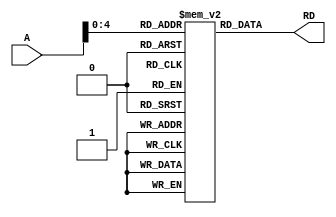
`timescale 1ns/1ps


module InstMemory(A, RD);
    input [31:0] A;
    output [31:0] RD;
    // input [31:0] inst;
    reg [31:0] instmem[0:31];
    
//    assign adr =  A;
//    generate
//        for (i)
//    endgenerate
    // always@(*) begin
    //     instmem[0] = inst; // input as a instruction.
    // end
   initial   // initializing some values (with a gap of 4)
       begin
//            instmem[0] = 32'h0062e233; //or
//            instmem[16] = 32'h4010d313; //srai
//            instmem[20] = 32'h00c48413;
//            instmem[8] = 32'h01429ba3;
//            instmem[4] = 32'h0064a423; //sw
//            instmem[8] = 32'hfe420ae3; //beq
//            instmem[4] = 32'h01fa0a03; 
           instmem[0] = 32'hffa9a983;  //lw
//            instmem[12] = 32'h12345697; // auipc
//            instmem[12] = 32'hfe420ae3; //or
           instmem[4] = 32'h01498933; //add
////            instmem[16] = 32'hcb9c1263; b
//            instmem[16]=32'h8cdefab7; //lui
//            instmem[20] = 32'h7f8a60ef; // jal
//              $readmemh("instructions.mem", instmem);
       end
    assign RD = instmem[A];
endmodule